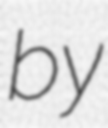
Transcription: by